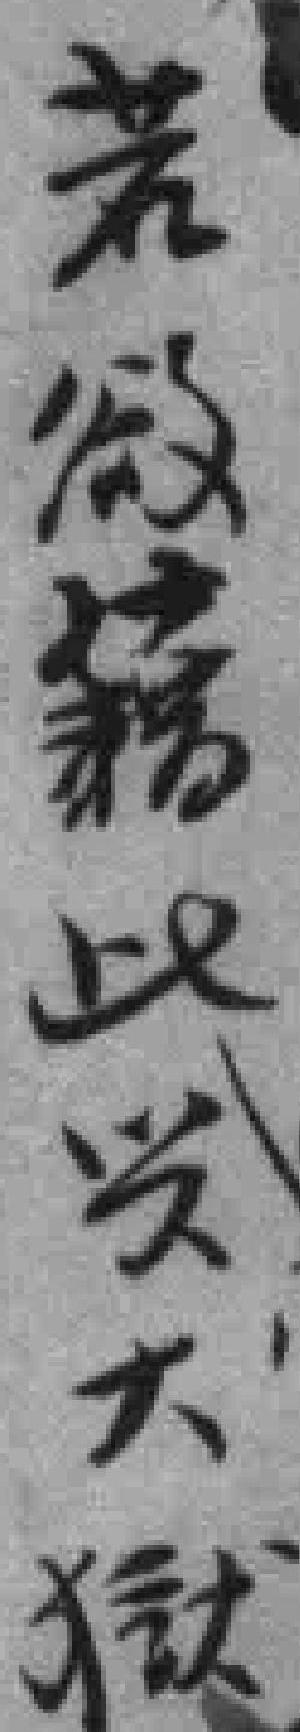
若欲籍此兴大狱